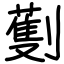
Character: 劐